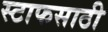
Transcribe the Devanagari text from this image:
स्टाफसाठी